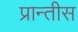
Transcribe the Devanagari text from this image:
प्रान्तीस